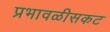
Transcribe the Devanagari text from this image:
प्रभावळीसकट